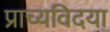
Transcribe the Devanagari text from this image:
प्राच्यविदया